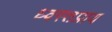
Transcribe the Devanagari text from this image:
ध्वस्तप्राय